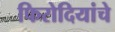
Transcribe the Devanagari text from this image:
फिरोदियांचे